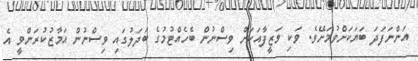
އަންނަފަދަ ބަޔަކަށްވުމަށޭވެ. ވަކި ވަޒީފާއަކަށް ވިސްނުން ބެހެއްޓުމުގެ ބަދަލުގައި ވިސްނުން އަމާޒުކުރަންވީ އެ